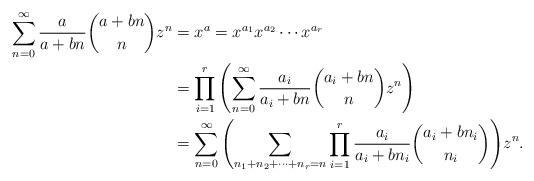
LaTeX: \begin{align*}\sum_{n=0}^{\infty}{\frac{a}{a+bn}\binom{a+bn}{n}z^{n}} & = x^{a} = x^{a_{1}}x^{a_{2}}\cdots x^{a_{r}} \\& = \prod_{i=1}^{r}{\left(\sum_{n=0}^{\infty}{\frac{a_{i}}{a_{i}+bn}\binom{a_{i}+bn}{n}z^{n}}\right)}\\& = \sum_{n=0}^{\infty}{\left(\sum_{n_{1}+n_{2}+\cdots+n_{r}=n}\prod_{i=1}^{r}{\frac{a_{i}}{a_{i}+bn_{i}}\binom{a_{i}+bn_{i}}{n_{i}}}\right)}z^{n}.\end{align*}